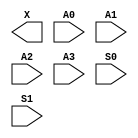
/**
 * Copyright 2020 The SkyWater PDK Authors
 *
 * Licensed under the Apache License, Version 2.0 (the "License");
 * you may not use this file except in compliance with the License.
 * You may obtain a copy of the License at
 *
 *     https://www.apache.org/licenses/LICENSE-2.0
 *
 * Unless required by applicable law or agreed to in writing, software
 * distributed under the License is distributed on an "AS IS" BASIS,
 * WITHOUT WARRANTIES OR CONDITIONS OF ANY KIND, either express or implied.
 * See the License for the specific language governing permissions and
 * limitations under the License.
 *
 * SPDX-License-Identifier: Apache-2.0
 */

`ifndef SKY130_FD_SC_MS__UDP_MUX_4TO2_BLACKBOX_V
`define SKY130_FD_SC_MS__UDP_MUX_4TO2_BLACKBOX_V

/**
 * udp_mux_4to2: Four to one multiplexer with 2 select controls
 *
 * Verilog stub definition (black box with power pins).
 *
 * WARNING: This file is autogenerated, do not modify directly!
 */

`timescale 1ns / 1ps
`default_nettype none

(* blackbox *)
module sky130_fd_sc_ms__udp_mux_4to2 (
    X ,
    A0,
    A1,
    A2,
    A3,
    S0,
    S1
);

    output X ;
    input  A0;
    input  A1;
    input  A2;
    input  A3;
    input  S0;
    input  S1;
endmodule

`default_nettype wire
`endif  // SKY130_FD_SC_MS__UDP_MUX_4TO2_BLACKBOX_V